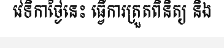
វេទិកាថ្ងៃនេះ ធ្វើការត្រួតពិនិត្យ និង